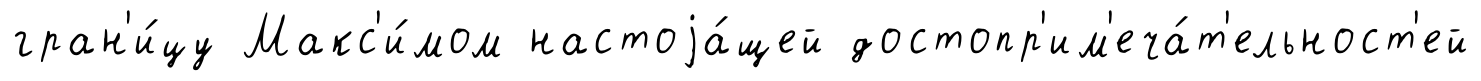
гран'и́цу Макс'и́мом настоjа́щей достопр'им'еча́т'ельност'ей